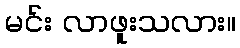
မင်း လာဖူးသလား။